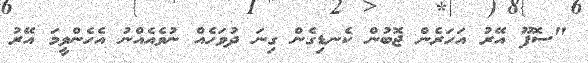
"ސޮފޫ އޭރު އަހަރެން ޖޮބުން ކެނޑިގެން ގިނަ ދުވަހެއް ނުވެއެއްނު އެހެންވީމަ އޭރު